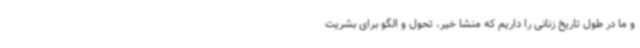
و ما در طول تاریخ زنانی را داریم که منشا خیر، تحول و الگو برای بشریت